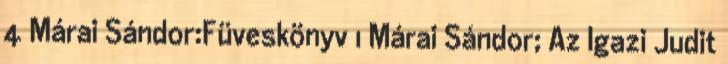
4 Márai Sándor:Füveskönyv 1 Márai Sándor; Az Igazi Judit